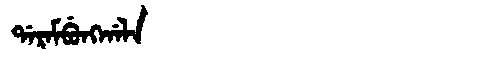
Manchu: ᡩᠠᡵᠠᠮᠪᡠᠩᡤᠠᠯᠠ
Romanization: DARAMBUNGGALA